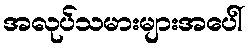
အလုပ်သမားများအပေါ်